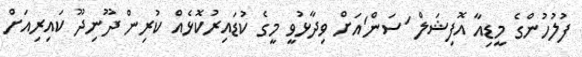
ފުލުހުންގެ މީޑިއާ އޮފިޝަލް 'ސަން'އަށް ވިދާޅުވީ މީގެ ކުޑައިރުކޮޅެއް ކުރިން ދޫނިދޫ ކައިރިއަށް